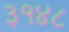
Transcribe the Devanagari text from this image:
३१४८